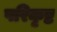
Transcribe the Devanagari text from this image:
परिकृष्ट